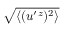
\sqrt { \langle { ( u ^ { \prime } { } ^ { z } ) ^ { 2 } } \rangle }